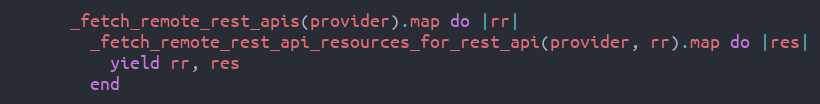
Language: Ruby
      _fetch_remote_rest_apis(provider).map do |rr|
        _fetch_remote_rest_api_resources_for_rest_api(provider, rr).map do |res|
          yield rr, res
        end